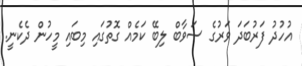
އުހުދު ފަރުބަދަ ވަރުގެ ސަވާބް ލިބޭ ކަމެއް ގޮތުގައި މިބައި މީހުން ދެކެނީ.